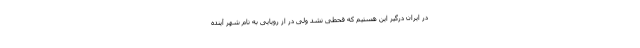
در ایران درگیر این هستیم که قحطی نشد ولی در از رویایی به نام شهر آینده